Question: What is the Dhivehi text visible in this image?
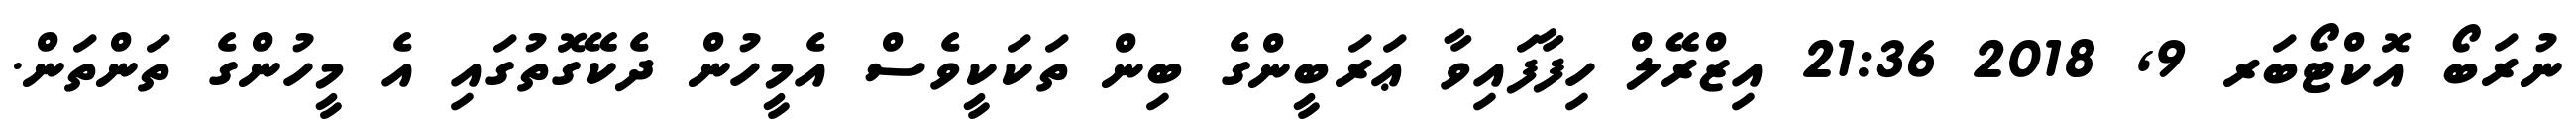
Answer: ނުރަބޯ އޮކްޓޯބަރ 9, 2018 21:36 އިޒްރޭލް ހިފާފައިވާ ޢަރަބީންގެ ބިން ތަކަކީވެސް އެމީހުން ދެކޭގޮތުގައި އެ މީހުންގެ ތަންތަން.